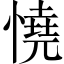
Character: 憢